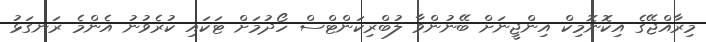
މިރާއްޖޭގެ އިކޮނޮމިކް އިންޖީނަށް ބޭނުންވާ ލުބްރިކަންޓްސް ހޯދުމަށް ޓަކައި ކުރެވުނު އެންމެ ރަނގަޅު